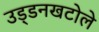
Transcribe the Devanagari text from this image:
उड़्डनखटोले